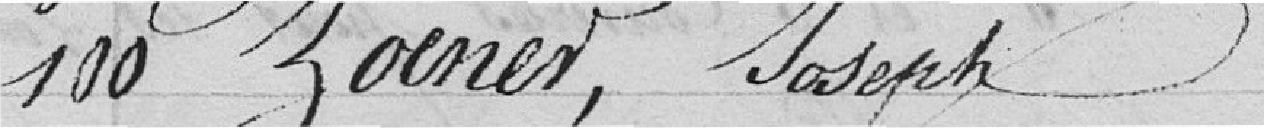
100 Zoener, Joseph